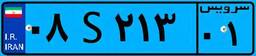
۰۸S۲۱۳۰۱